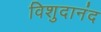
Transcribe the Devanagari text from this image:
विशुदानंद